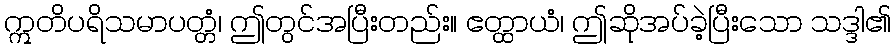
ဣတိပရိသမာပတ္တံ၊ ဤတွင်အပြီးတည်း။ ဧတ္ထာယံ၊ ဤဆိုအပ်ခဲ့ပြီးသော သဒ္ဒါ၏